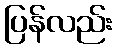
ပြန်လည်း